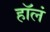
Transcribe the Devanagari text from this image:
हॉलं